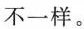
不一样。